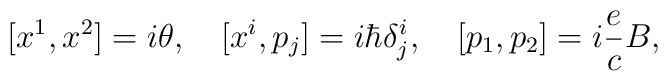
[x^1,x^2]=i\theta,\quad [x^i,p_j]=i\hbar \delta^i_j,\quad [p_1,p_2]=i\frac{e}{c}B,